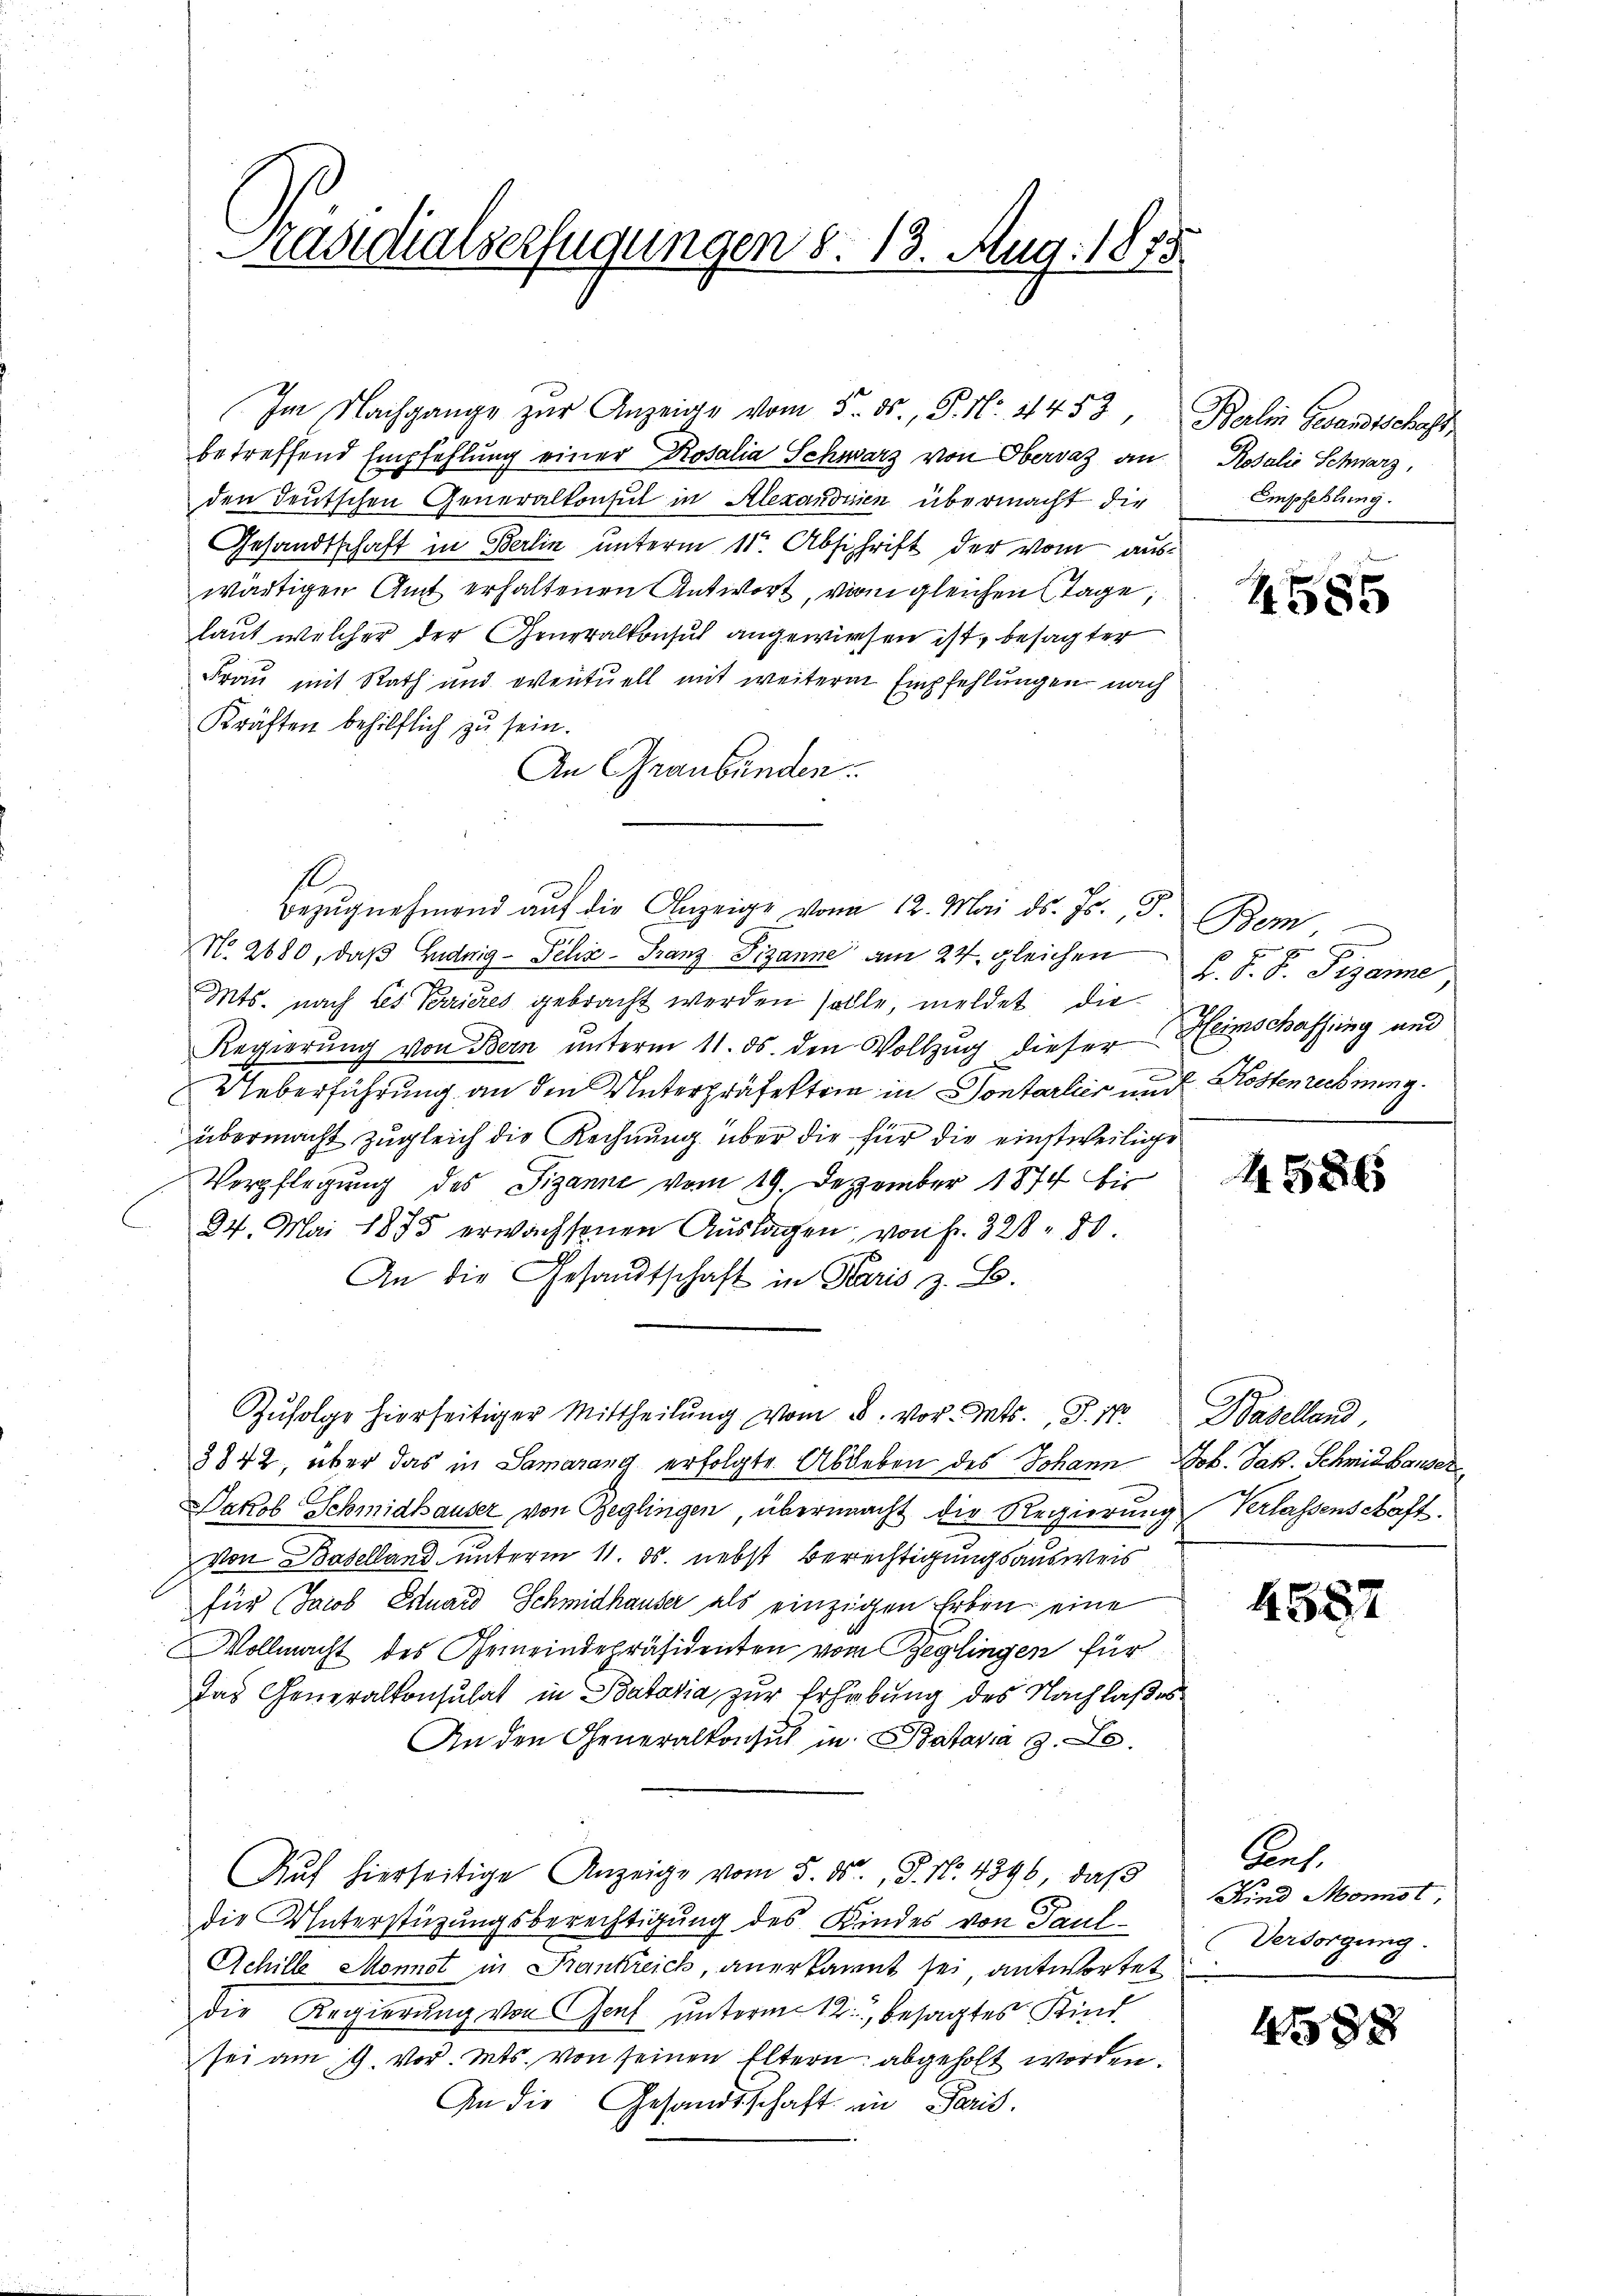
Präsidialverfügungen d. 13. Aug. 1875

Im Nachgange zur Anzeige vom 5. ds., P. Nr. 11453
betreffend Empfehlung einer Rosalia Schwarz von Obervaz an
den Teutschen Generalkonsul in Alexandisen übermacht die
Gesandtschaft in Berlin unterm 11ten Abschrift der vom auswärtigen Amt erhaltenen Antwort, vom gleichen Tage,
laut welcher der Generalkonsul angewiesen ist, besagter
Frau mit Rath und eventuell mit weiterm Empfehlungen nach
Kräften behilflich zu sein.
An Graubünden.
1
No. 2680, daß Ludwig - Fehr - Franz Pizanne am 24. gleichen
Mts. nach Les Terrieres gebracht werden sollte, meldet die
Regierung von Bern unterm 11. ds. den Vollzug dieser
Ueberführung an den Unterpräfektrin in Sontarlier und
übermacht zugleich die Rechnung über die für die einstweilige
Verpflegung des Sizanne vom 19. Dezember 1874 bis
24. Mai 1875 erwachsenen Auslagen, von fr. 328 50.
An die Gesandtschaft in Karis z. B.
Zufolge hierseitiger Mittheilung vom 8. vor. Mts., S. 10
3842, über das in Samarang erfolgte Ableben des Johann Joh. Jak. Schmid hauser
Jakob Schmidhauser von Geglingen, übermacht die Regierung Verlassenschaft.
Von Baselland unterm 11. ds. nebst Berechtigungsausweis
für Jacob Eduard Schmidhäuser als einzigen Erben eine
Vollmacht des Gemeindepräsidenten vom Reglingen für
das Generalkonsulat in Batavia zur Erhebung des Nachlaßes
An den Generalkonsul in Batavia 3. Le
Auf hierseitige Anzeige vom 5. ds. S. Nr. 4896, daβ
die Unterstüzungsberechtigung des Kindes von Paul¬
Achille Monnot in Frankreich, anerkannt sei, antwortet
die Regierŭng von Genf unterm 12. besagtes Kind
sei am 4. vor. Mts. von seinen Eltern abgeholt worden.
An die Gesandtschaft in Paris.

Bezŭgnehmend auf die Anzeige von 12. Mai d. Js. 5.

Balin Gesandtschaft
Rosalie Schwarz,
Empfehlung.

585

Bem
 se
F. S. S. Figare
Heimschaffung und
e Kostenrechnung.

4586

Baselland

458

Ant.
Kind Monnst,
Versorgung.

48x